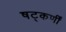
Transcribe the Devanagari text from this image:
षट्‌कर्णीं